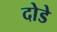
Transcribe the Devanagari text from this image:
दोडे